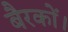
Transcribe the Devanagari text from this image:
बैरकों।